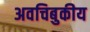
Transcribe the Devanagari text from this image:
अवचिबुकीय